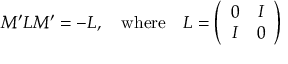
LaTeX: M ^ { \prime } L M ^ { \prime } = - L , \quad \mathrm { w h e r e } \quad L = \left( \begin{array} { c c } { { 0 } } & { { I } } \\ { { I } } & { { 0 } } \end{array} \right)